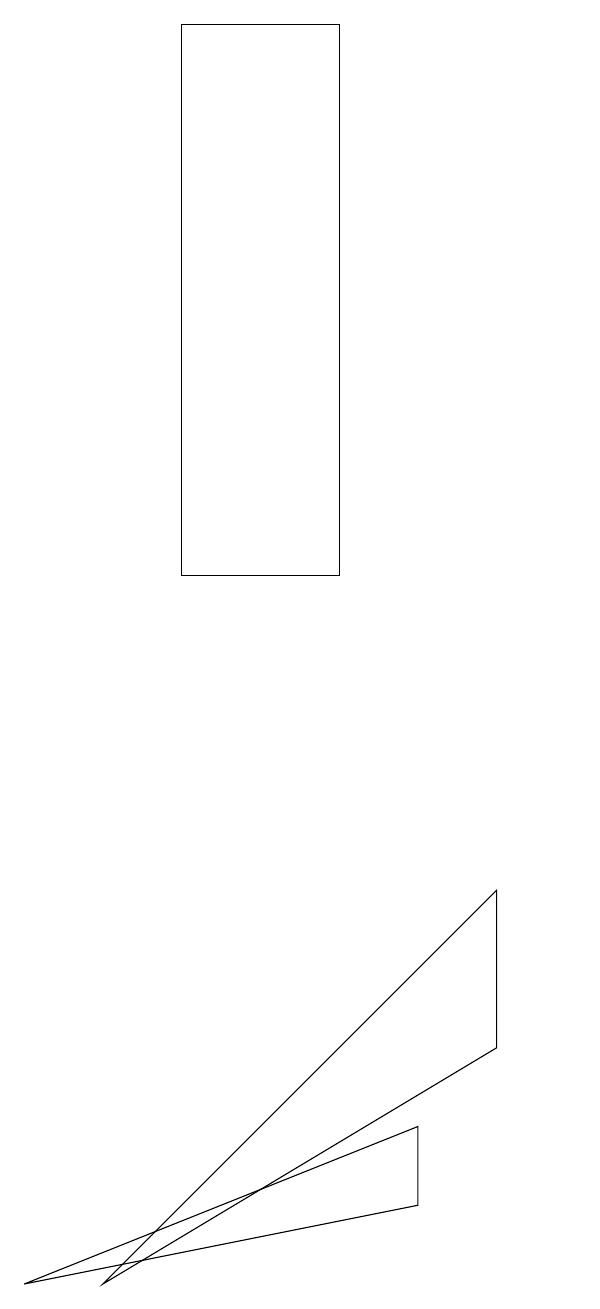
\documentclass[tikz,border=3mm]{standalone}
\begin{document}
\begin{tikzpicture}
\draw (4,3) -- (9,6) -- (9,8) -- cycle;
\draw (10,12) circle (0);
\draw (3,3) -- (8,5) -- (8,4) -- cycle;
\draw (7,12) rectangle (5,19);
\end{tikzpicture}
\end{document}